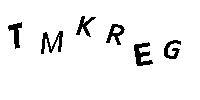
TMKREG